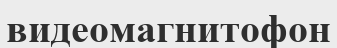
видеомагнитофон